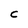
Character: C